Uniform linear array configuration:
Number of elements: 64
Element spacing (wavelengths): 0.25
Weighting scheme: kaiser
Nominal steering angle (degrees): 0
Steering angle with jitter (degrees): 0.8599
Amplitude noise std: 0.05
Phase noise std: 0.05

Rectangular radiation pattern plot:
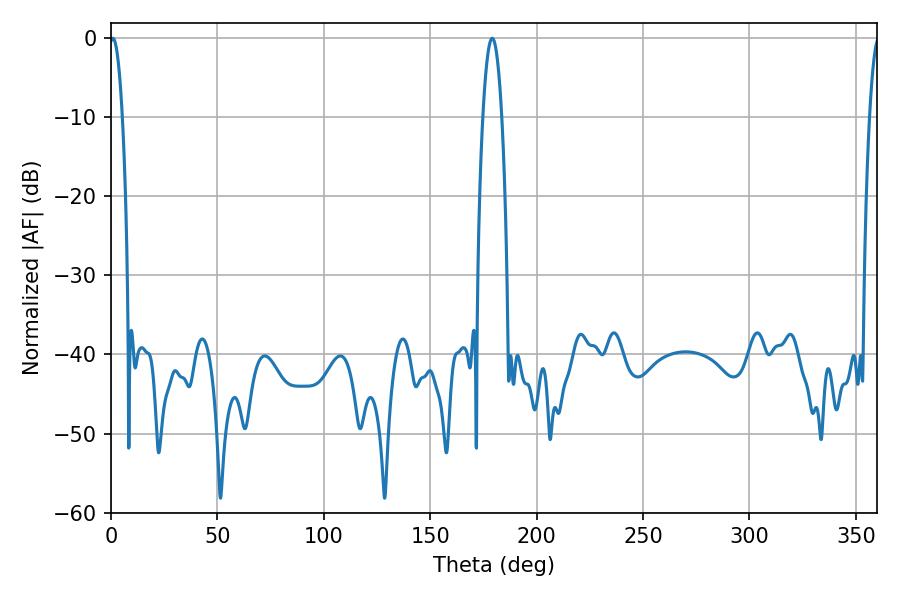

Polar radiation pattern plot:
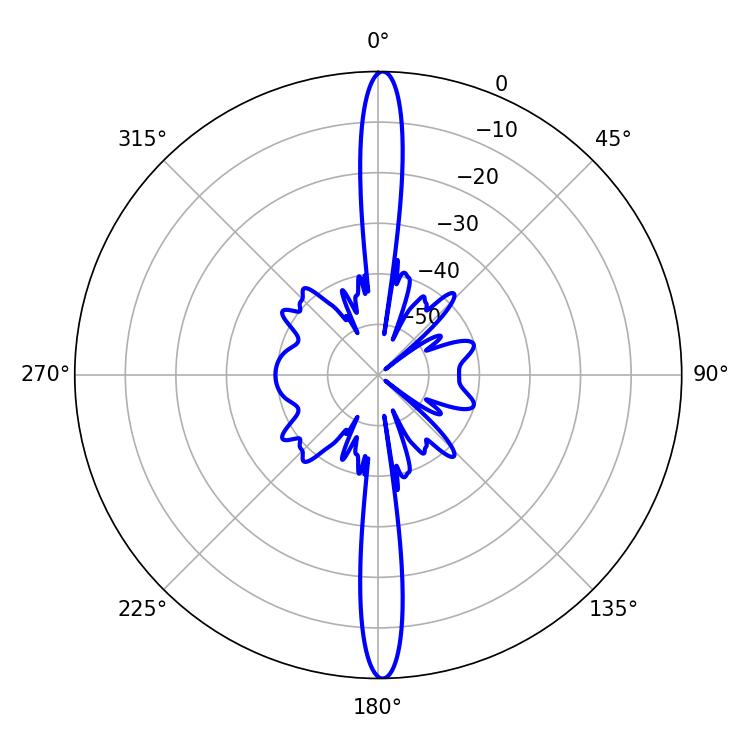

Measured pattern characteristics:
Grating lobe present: FALSE
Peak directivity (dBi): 28.703
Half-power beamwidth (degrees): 3.24
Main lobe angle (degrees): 0.9